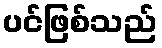
ပင်ဖြစ်သည်